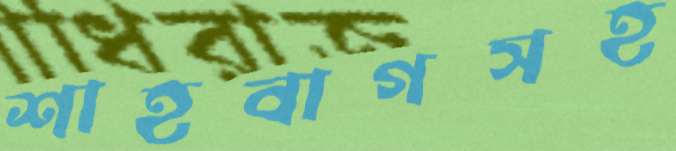
শাহবাগসহ